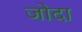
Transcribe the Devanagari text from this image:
जोदा